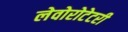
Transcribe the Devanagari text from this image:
लेवोरोटेटरी